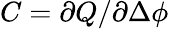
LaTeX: C=\partial Q/\partial\Delta\phi